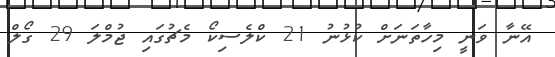
އޭނާ ވަނީ މިހާތަނަށް ކުޅުނު 21 ކްލެސިކޯ މެޗުގައި ޖުމްލަ 29 ގޯލް